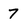
Character: 7